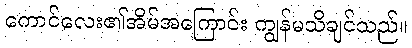
ကောင်လေး၏အိမ်အကြောင်း ကျွန်မသိချင်သည်။